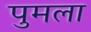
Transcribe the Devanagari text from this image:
पुमला